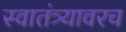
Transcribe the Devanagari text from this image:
स्वातंत्र्यावरच